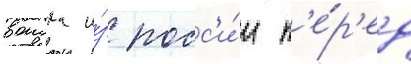
воиска и́з росс'и́и п'е́р'ед